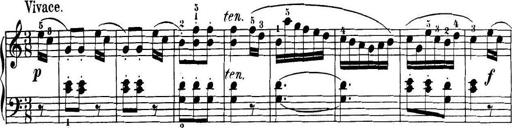
Title: 32 Sonatinas and Rondos for the Piano
Composer: Richard Kleinmichel